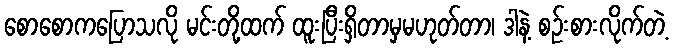
စောစောကပြောသလို မင်းတို့ထက် ထူးပြီးရှိတာမှမဟုတ်တာ၊ ဒါနဲ့ စဉ်းစားလိုက်တဲ့